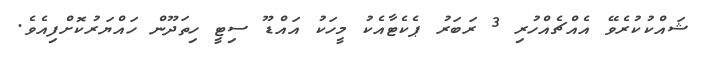
ޝައްކުކުރެވޭ އެއްޗެއްހުރި 3 ރަބަރު ޕެކެޓާއެކު މީހަކު އައްޑޫ ސިޓީ ހިތަދޫން ހައްޔަރުކޮށްފިއެވެ.